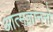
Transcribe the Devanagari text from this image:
आत्मज्ञाननो